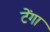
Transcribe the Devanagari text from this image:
टेंगा